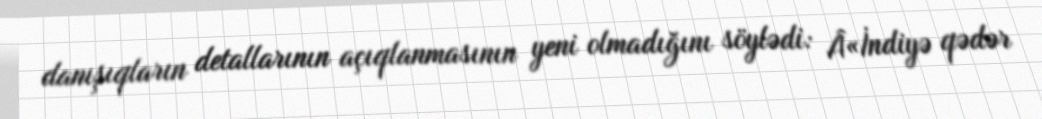
danışıqların detallarının açıqlanmasının yeni olmadığını söylədi: Â«İndiyə qədər